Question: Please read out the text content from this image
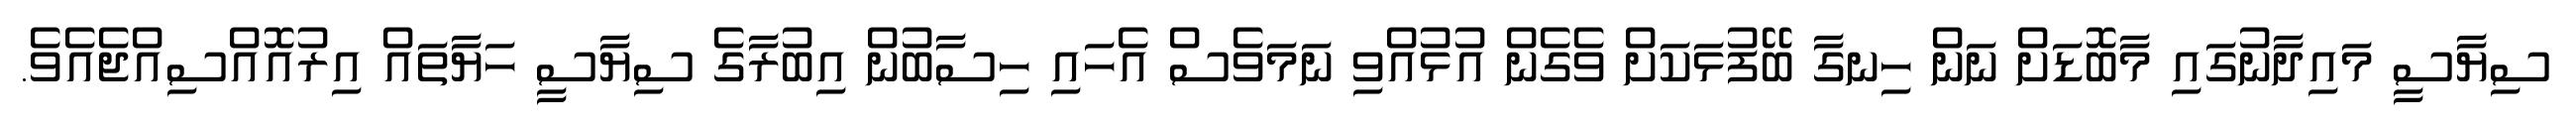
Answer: ސިޔާސީ މައިދާނުގައި މާބޮޑަށް ނަން ހިނގާ ބޭފުޅަކަށް ވެގެން އުޅުއްވި ނަމަވެސް އެހައި ހިސާބުން އިބުރާގެ ސިޔާސީ ހަޔާތައް އިރުއޮއްސިއްޖެއެވެ.